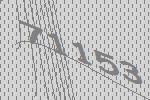
71153